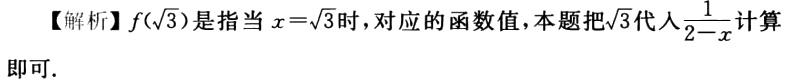
【解析】\(f(\sqrt{3})\)是指当\(x = \sqrt{3}\)时，对应的函数值，本题把\(\sqrt{3}\)代入\(\frac{1}{2 - x}\)计算即可.